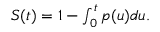
\begin{array} { r } { S ( t ) = 1 - \int _ { 0 } ^ { t } p ( u ) d u . } \end{array}